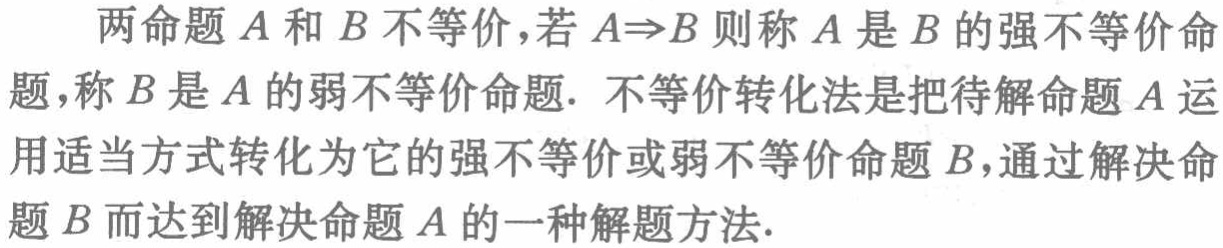
两命题\(A\)和\(B\)不等价，若\(A\Rightarrow B\)则称\(A\)是\(B\)的强不等价命题，称\(B\)是\(A\)的弱不等价命题. 不等价转化法是把待解命题\(A\)运用适当方式转化为它的强不等价或弱不等价命题\(B\)，通过解决命题\(B\)而达到解决命题\(A\)的一种解题方法.